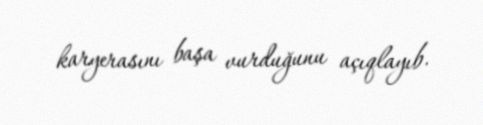
karyerasını başa vurduğunu açıqlayıb.